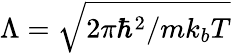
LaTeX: \Lambda=\sqrt{2\pi\hbar^{2}/mk_{b}T}